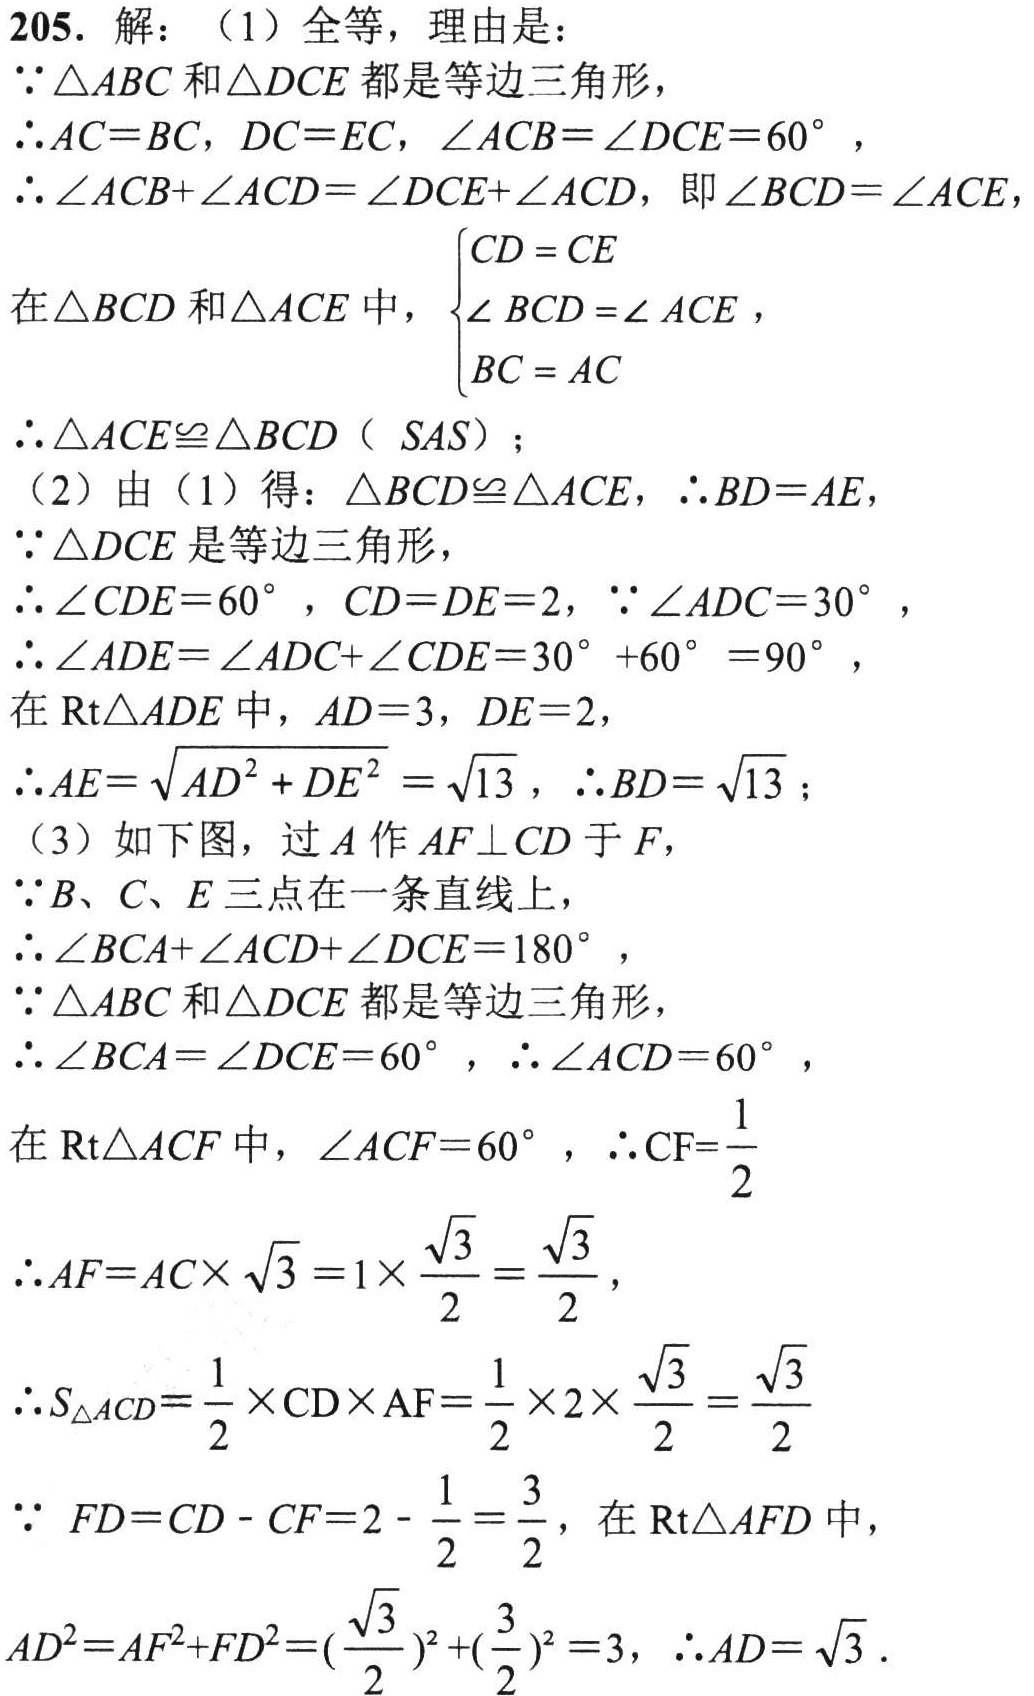
205. 解：（1）全等，理由是：
\(\because\triangle ABC\)和\(\triangle DCE\)都是等边三角形，
\(\therefore AC = BC\)，\(DC = EC\)，\(\angle ACB=\angle DCE = 60^{\circ}\)，
\(\therefore\angle ACB+\angle ACD=\angle DCE+\angle ACD\)，即\(\angle BCD=\angle ACE\)，
在\(\triangle BCD\)和\(\triangle ACE\)中，\(\begin{cases}CD = CE\\\angle BCD=\angle ACE\\BC = AC\end{cases}\)，
\(\therefore\triangle ACE\cong\triangle BCD\)（\(SAS\)）；
（2）由（1）得：\(\triangle BCD\cong\triangle ACE\)，\(\therefore BD = AE\)，
\(\because\triangle DCE\)是等边三角形，
\(\therefore\angle CDE = 60^{\circ}\)，\(CD = DE = 2\)，\(\because\angle ADC = 30^{\circ}\)，
\(\therefore\angle ADE=\angle ADC+\angle CDE = 30^{\circ}+60^{\circ}=90^{\circ}\)，
在\(Rt\triangle ADE\)中，\(AD = 3\)，\(DE = 2\)，
\(\therefore AE=\sqrt{AD^{2}+DE^{2}}=\sqrt{13}\)，\(\therefore BD=\sqrt{13}\)；
（3）如下图，过\(A\)作\(AF\perp CD\)于\(F\)，
\(\because B、C、E\)三点在一条直线上，
\(\therefore\angle BCA+\angle ACD+\angle DCE = 180^{\circ}\)，
\(\because\triangle ABC\)和\(\triangle DCE\)都是等边三角形，
\(\therefore\angle BCA=\angle DCE = 60^{\circ}\)，\(\therefore\angle ACD = 60^{\circ}\)，
在\(Rt\triangle ACF\)中，\(\angle ACF = 60^{\circ}\)，\(\therefore CF=\frac{1}{2}\)
\(\therefore AF = AC\times\sqrt{3}=1\times\frac{\sqrt{3}}{2}=\frac{\sqrt{3}}{2}\)，
\(\therefore S_{\triangle ACD}=\frac{1}{2}\times CD\times AF=\frac{1}{2}\times2\times\frac{\sqrt{3}}{2}=\frac{\sqrt{3}}{2}\)
\(\because FD = CD - CF = 2-\frac{1}{2}=\frac{3}{2}\)，在\(Rt\triangle AFD\)中，
\(AD^{2}=AF^{2}+FD^{2}=(\frac{\sqrt{3}}{2})^{2}+(\frac{3}{2})^{2}=3\)，\(\therefore AD=\sqrt{3}\)．